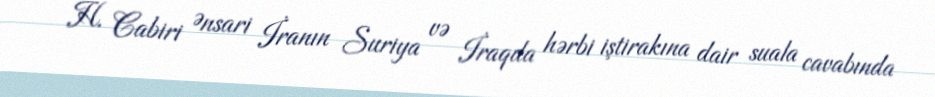
H. Cabiri Ənsari İranın Suriya və İraqda hərbi iştirakına dair suala cavabında